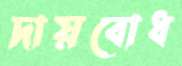
দায়বোধ